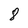
Character: 8